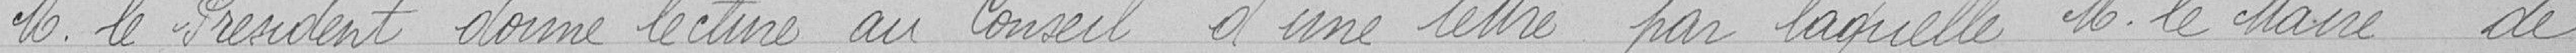
M. le Président donne lecture au conseil d'une lettre par laquelle M. le Maire de